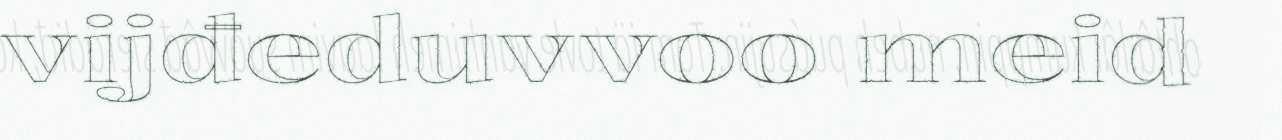
vijđeduvvoo meid